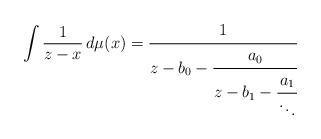
LaTeX: \begin{align*}\int\frac{1}{z-x}\,d\mu(x)=\cfrac{1}{z-b_{0}-\cfrac{a_0}{z-b_{1}-\cfrac{a_{1}}{\ddots}}}\end{align*}